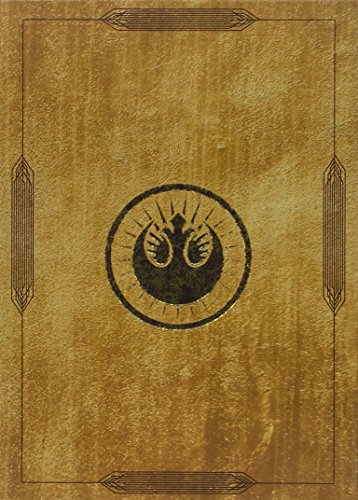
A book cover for Star Wars: The Jedi Path and Book of Sith Deluxe Box Set; Daniel Wallace; Science Fiction & Fantasy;